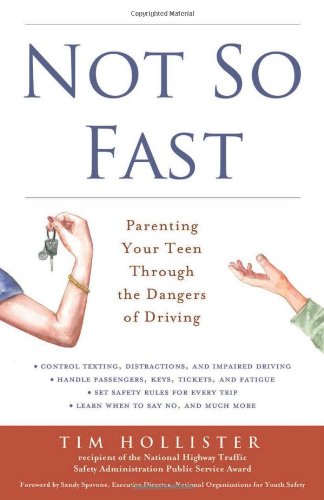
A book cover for Not So Fast: Parenting Your Teen Through the Dangers of Driving; Tim Hollister; Test Preparation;